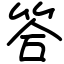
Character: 答